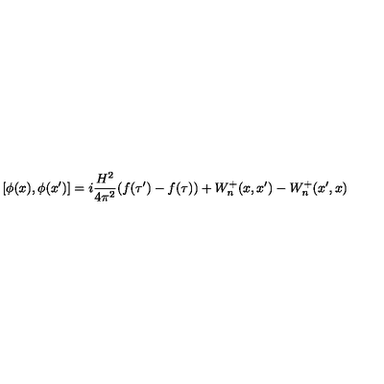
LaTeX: [ \phi ( x ) , \phi ( x ^ { \prime } ) ] = i \frac { H ^ { 2 } } { 4 \pi ^ { 2 } } ( f ( \tau ^ { \prime } ) - f ( \tau ) ) + W _ { n } ^ { + } ( x , x ^ { \prime } ) - W _ { n } ^ { + } ( x ^ { \prime } , x )